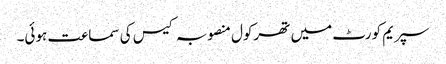
سپریم کورٹ میں تھرکول منصوبہ کیس کی سماعت ہوئی۔